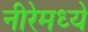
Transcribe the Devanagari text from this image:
नीरेमध्ये